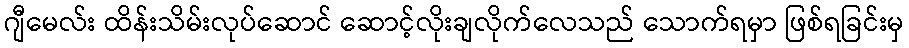
ဂျီမေလ်း ထိန်းသိမ်းလုပ်ဆောင် ဆောင့်လိုးချလိုက်လေသည် သောက်ရမှာ ဖြစ်ရခြင်းမှ